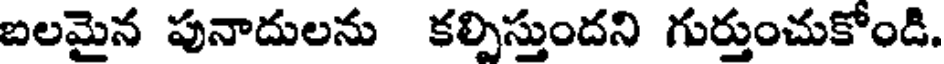
బలమైన పునాదులను కల్పిస్తుందని గుర్తుంచుకోండి.